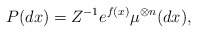
\begin{align*} P(dx) = Z^{-1} e^{f(x)}\mu^{\otimes n}(dx),\end{align*}